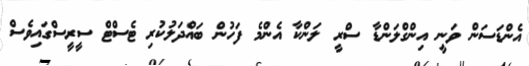
އެންޑަސަން ވަނީ އިންގްލަންޑާ ސްރީ ލަންކާ އެންމެ ފަހުން ބައްދަލުކުރި ޓެސްޓް ސީރީސްގަައިވެސް